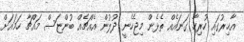
އާޚިރުގައި ހުރިހާ ގަނައެއް ތެޅެން މިޖެހެނީ ދުލުން އެއްޗެއް ބުންޏަސް މައްޗާ ހަމައަށް